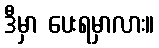
ဒီမှာ ပေးရမှာလား။